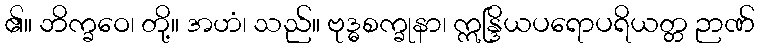
၏။ ဘိက္ခဝေ၊ တို့။ အဟံ၊ သည်။ ဗုဒ္ဓစက္ခုနာ၊ ဣန္ဒြိယပရောပရိယတ္တ ဉာဏ်